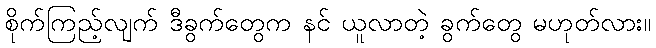
စိုက်ကြည့်လျက် ဒီခွက်တွေက နင် ယူလာတဲ့ ခွက်တွေ မဟုတ်လား။